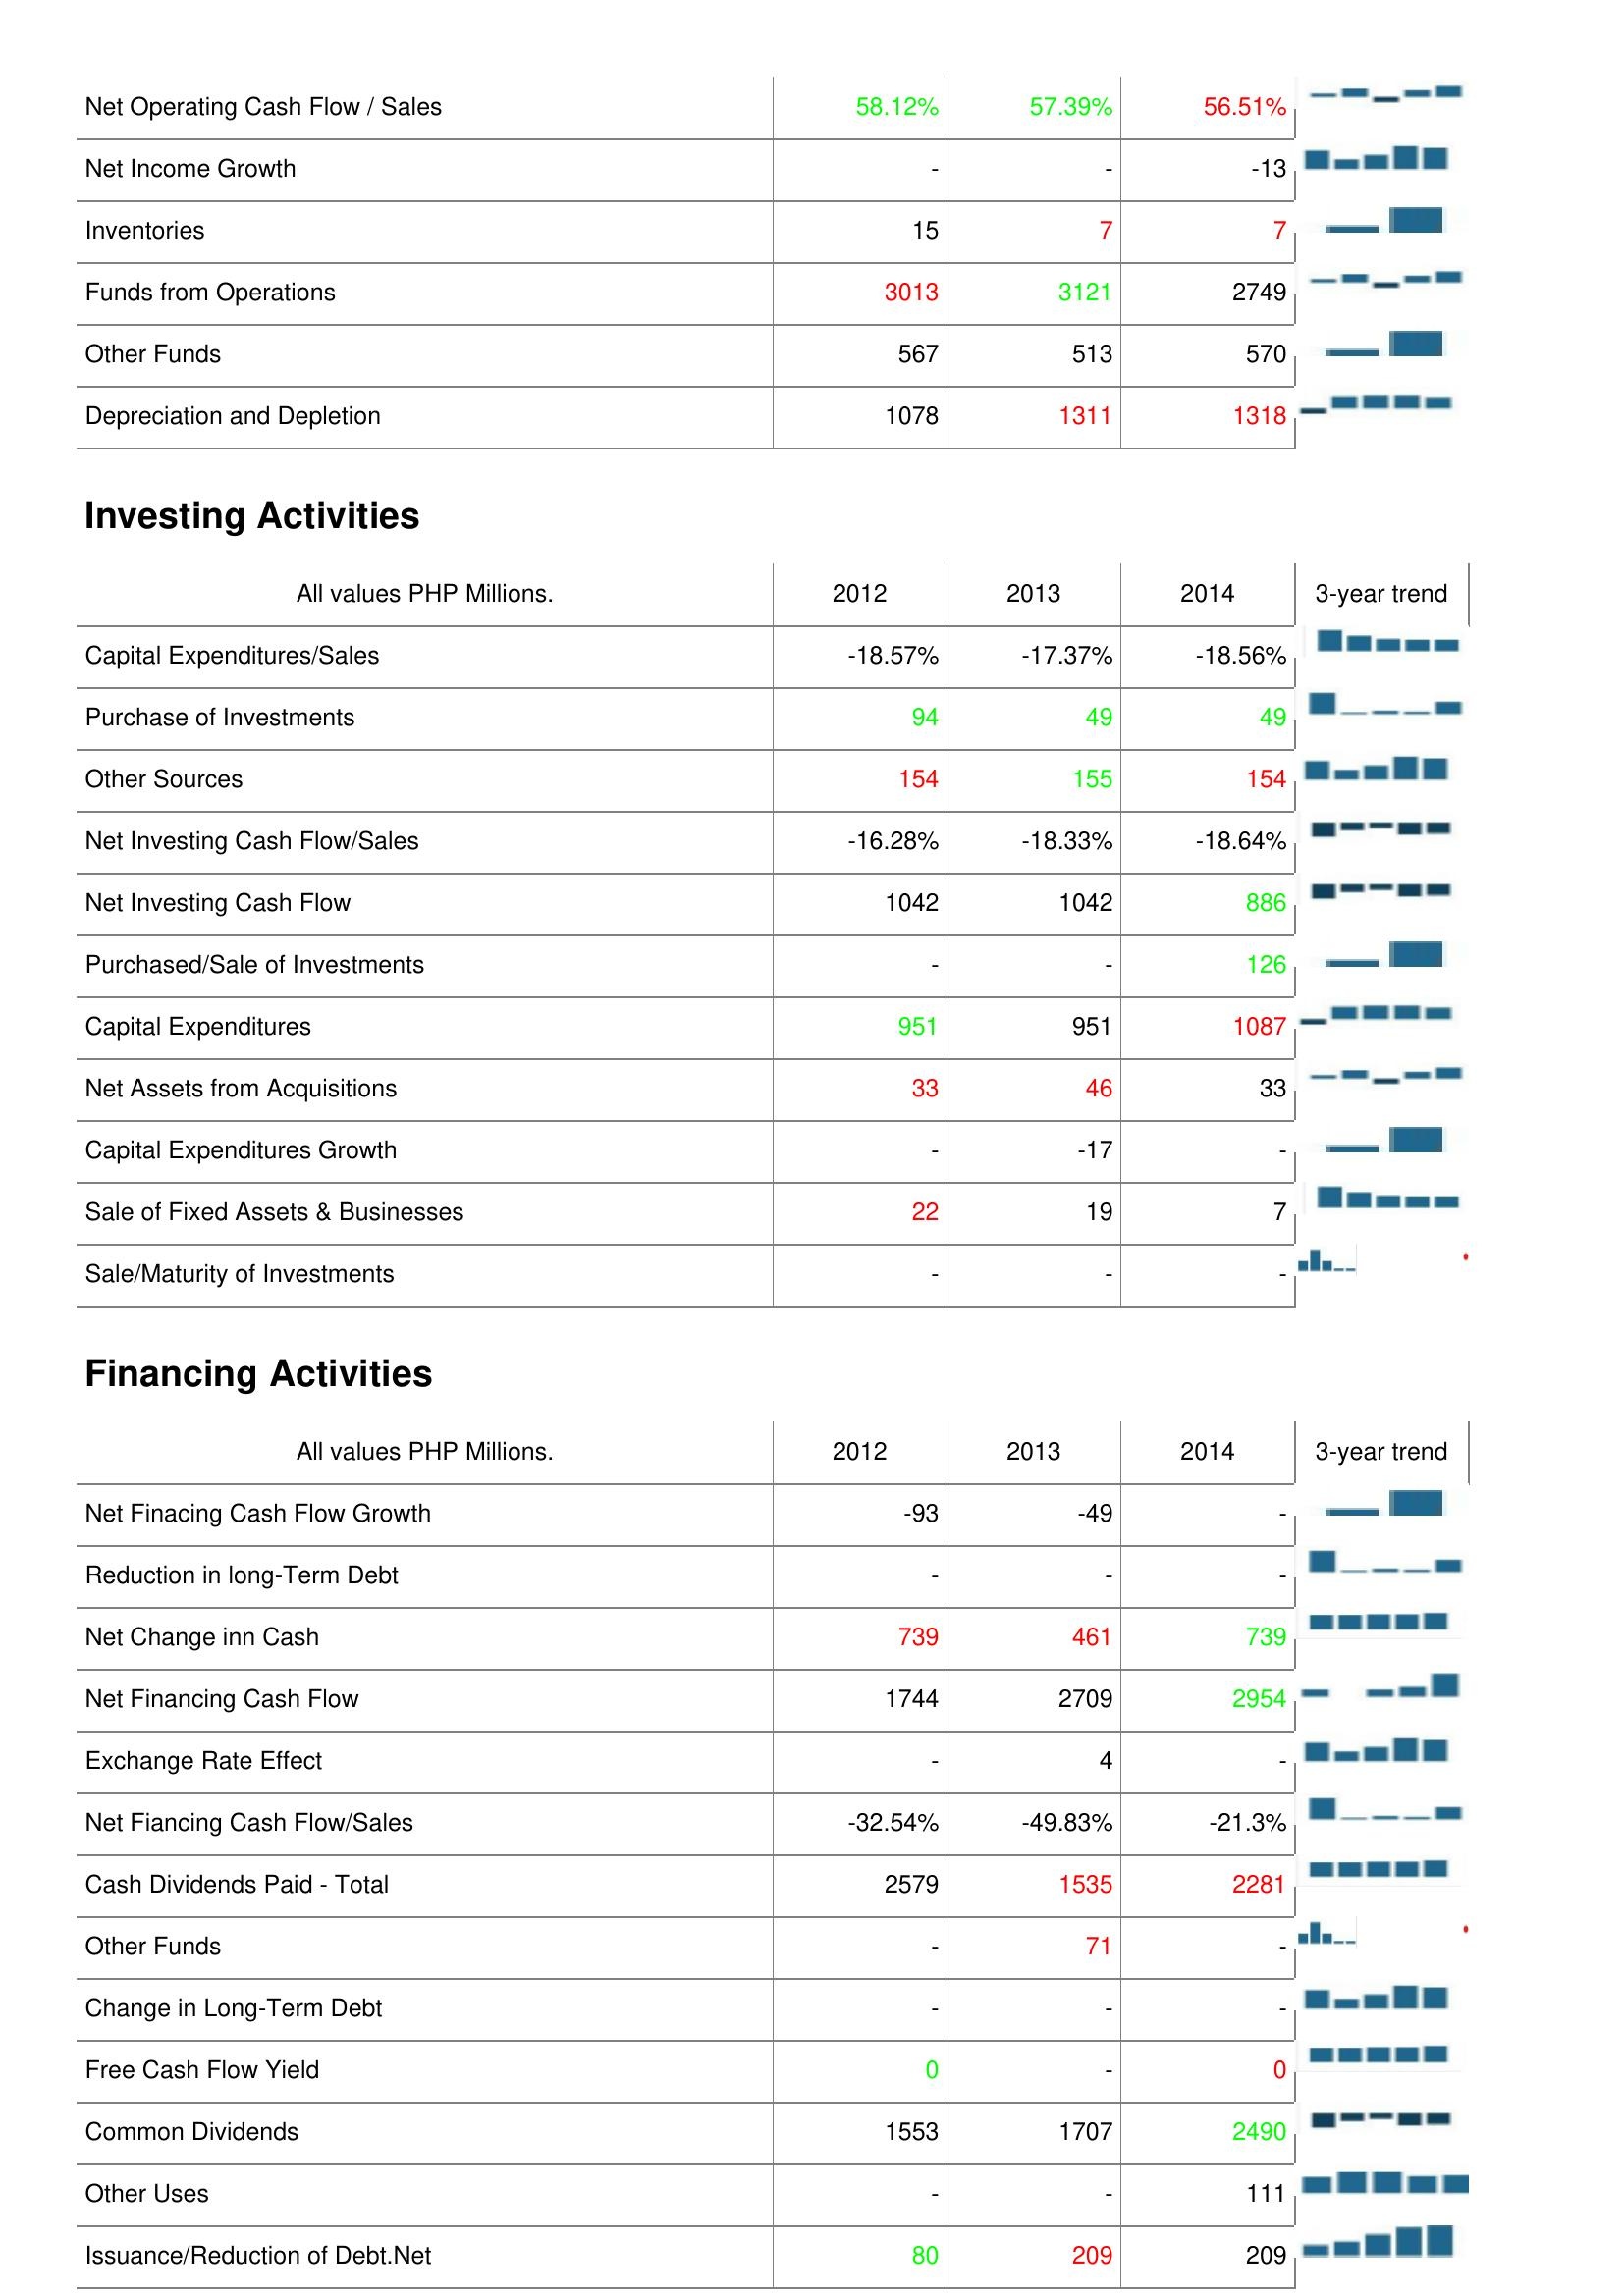
2012: Operating Activities: Net Operating Cash Flow / Sales: 58.12%
Net Income Growth: -
Inventories: 15
Funds from Operations: 3013
Other Funds: 567
Depreciation and Depletion: 1078
Investing Activities: Capital Expenditures/Sales: -18.57%
Purchase of Investments: 94
Other Sources: 154
Net Investing Cash Flow/Sales: -16.28%
Net Investing Cash Flow: 1042
Purchased/Sale of Investments: -
Capital Expenditures: 951
Net Assets from Acquisitions: 33
Capital Expenditures Growth: -
Sale of Fixed Assets & Businesses: 22
Sale/Maturity of Investments: -
Financing Activities: Net Finacing Cash Flow Growth: -93
Reduction in long-Term Debt: -
Net Change inn Cash: 739
Net Financing Cash Flow: 1744
Exchange Rate Effect: -
Net Fiancing Cash Flow/Sales: -32.54%
Cash Dividends Paid - Total: 2579
Other Funds: -
Change in Long-Term Debt: -
Free Cash Flow Yield: 0
Common Dividends: 1553
Other Uses: -
Issuance/Reduction of Debt.Net: 80
2013: Operating Activities: Net Operating Cash Flow / Sales: 57.39%
Net Income Growth: -
Inventories: 7
Funds from Operations: 3121
Other Funds: 513
Depreciation and Depletion: 1311
Investing Activities: Capital Expenditures/Sales: -17.37%
Purchase of Investments: 49
Other Sources: 155
Net Investing Cash Flow/Sales: -18.33%
Net Investing Cash Flow: 1042
Purchased/Sale of Investments: -
Capital Expenditures: 951
Net Assets from Acquisitions: 46
Capital Expenditures Growth: -17
Sale of Fixed Assets & Businesses: 19
Sale/Maturity of Investments: -
Financing Activities: Net Finacing Cash Flow Growth: -49
Reduction in long-Term Debt: -
Net Change inn Cash: 461
Net Financing Cash Flow: 2709
Exchange Rate Effect: 4
Net Fiancing Cash Flow/Sales: -49.83%
Cash Dividends Paid - Total: 1535
Other Funds: 71
Change in Long-Term Debt: -
Free Cash Flow Yield: -
Common Dividends: 1707
Other Uses: -
Issuance/Reduction of Debt.Net: 209
2014: Operating Activities: Net Operating Cash Flow / Sales: 56.51%
Net Income Growth: -13
Inventories: 7
Funds from Operations: 2749
Other Funds: 570
Depreciation and Depletion: 1318
Investing Activities: Capital Expenditures/Sales: -18.56%
Purchase of Investments: 49
Other Sources: 154
Net Investing Cash Flow/Sales: -18.64%
Net Investing Cash Flow: 886
Purchased/Sale of Investments: 126
Capital Expenditures: 1087
Net Assets from Acquisitions: 33
Capital Expenditures Growth: -
Sale of Fixed Assets & Businesses: 7
Sale/Maturity of Investments: -
Financing Activities: Net Finacing Cash Flow Growth: -
Reduction in long-Term Debt: -
Net Change inn Cash: 739
Net Financing Cash Flow: 2954
Exchange Rate Effect: -
Net Fiancing Cash Flow/Sales: -21.3%
Cash Dividends Paid - Total: 2281
Other Funds: -
Change in Long-Term Debt: -
Free Cash Flow Yield: 0
Common Dividends: 2490
Other Uses: 111
Issuance/Reduction of Debt.Net: 209